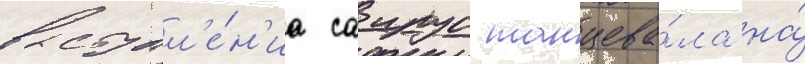
выступл'е́н'иа саирус танцева́ла на́